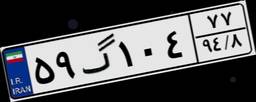
۵۹گ۱۰۴۷۷